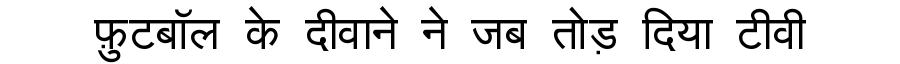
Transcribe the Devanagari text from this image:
फ़ुटबॉल के दीवाने ने जब तोड़ दिया टीवी